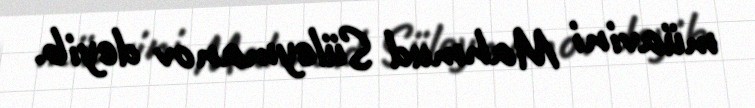
müavini Mahmud Süleymanov deyib.